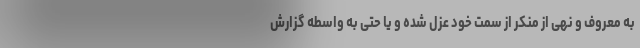
به معروف و نهی از منکر از سمت خود عزل شده و یا حتی به واسطه گزارش